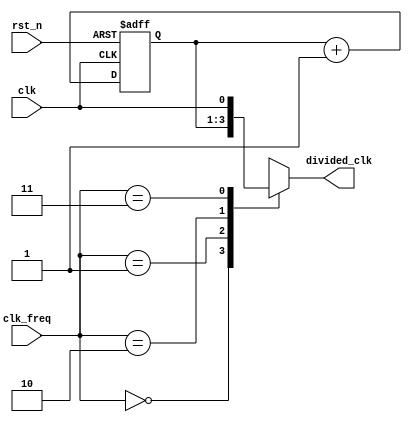
module SimpleClkDivider (
input	wire			rst_n, //The Asynchronous Reset
input 	wire			clk,  //The input system clock
input	wire	[1:0]	clk_freq, 

output	reg				divided_clk
);

reg     [2:0]       Counter;

////////////////////////////////////////////////////////////////////////////////////////////////////////////////////
/////////////////////////////////////////////// Methodology ////////////////////////////////////////////////////////
////////////////////////////////////////////////////////////////////////////////////////////////////////////////////
//Assume the system input clock frequency is 8 MHz, So we will use a 3 bit counter that counts up every positive edge
//So that its LSB gives the input frequency divided by 2, and the second bit gives the input frequency divided by 4
//and MSB gives the system input divided by 8, so that we will have all the required clock frequencies
////////////////////////////////////////////////////////////////////////////////////////////////////////////////////
////////////////////////////////////////////////////////////////////////////////////////////////////////////////////
////////////////////////////////////////////////////////////////////////////////////////////////////////////////////

always @ (posedge clk or negedge rst_n)
 begin
  if(!rst_n)
   begin
	Counter <= 3'b0 ;
   end
  else 
   begin 
    Counter <= Counter + 3'b1 ;
   end
 end


always @(*)
 begin
   case (clk_freq)
	2'b00		:	
		divided_clk = Counter[2] ;	//The 1 MHz frequency
	2'b01		:	
		divided_clk = Counter[1] ;	//The 2 MHz frequency
	2'b10		:	
		divided_clk = Counter[0] ;	//The 4 MHz frequency
	2'b11		:	
		divided_clk = clk ;			//The 8 MHz frequency "Input clock"
	default 	:
		divided_clk = clk ;
   endcase
   
 end
 
endmodule